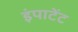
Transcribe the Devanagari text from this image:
इंपाटेंट